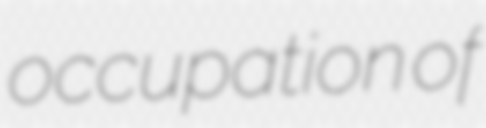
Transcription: occupation of